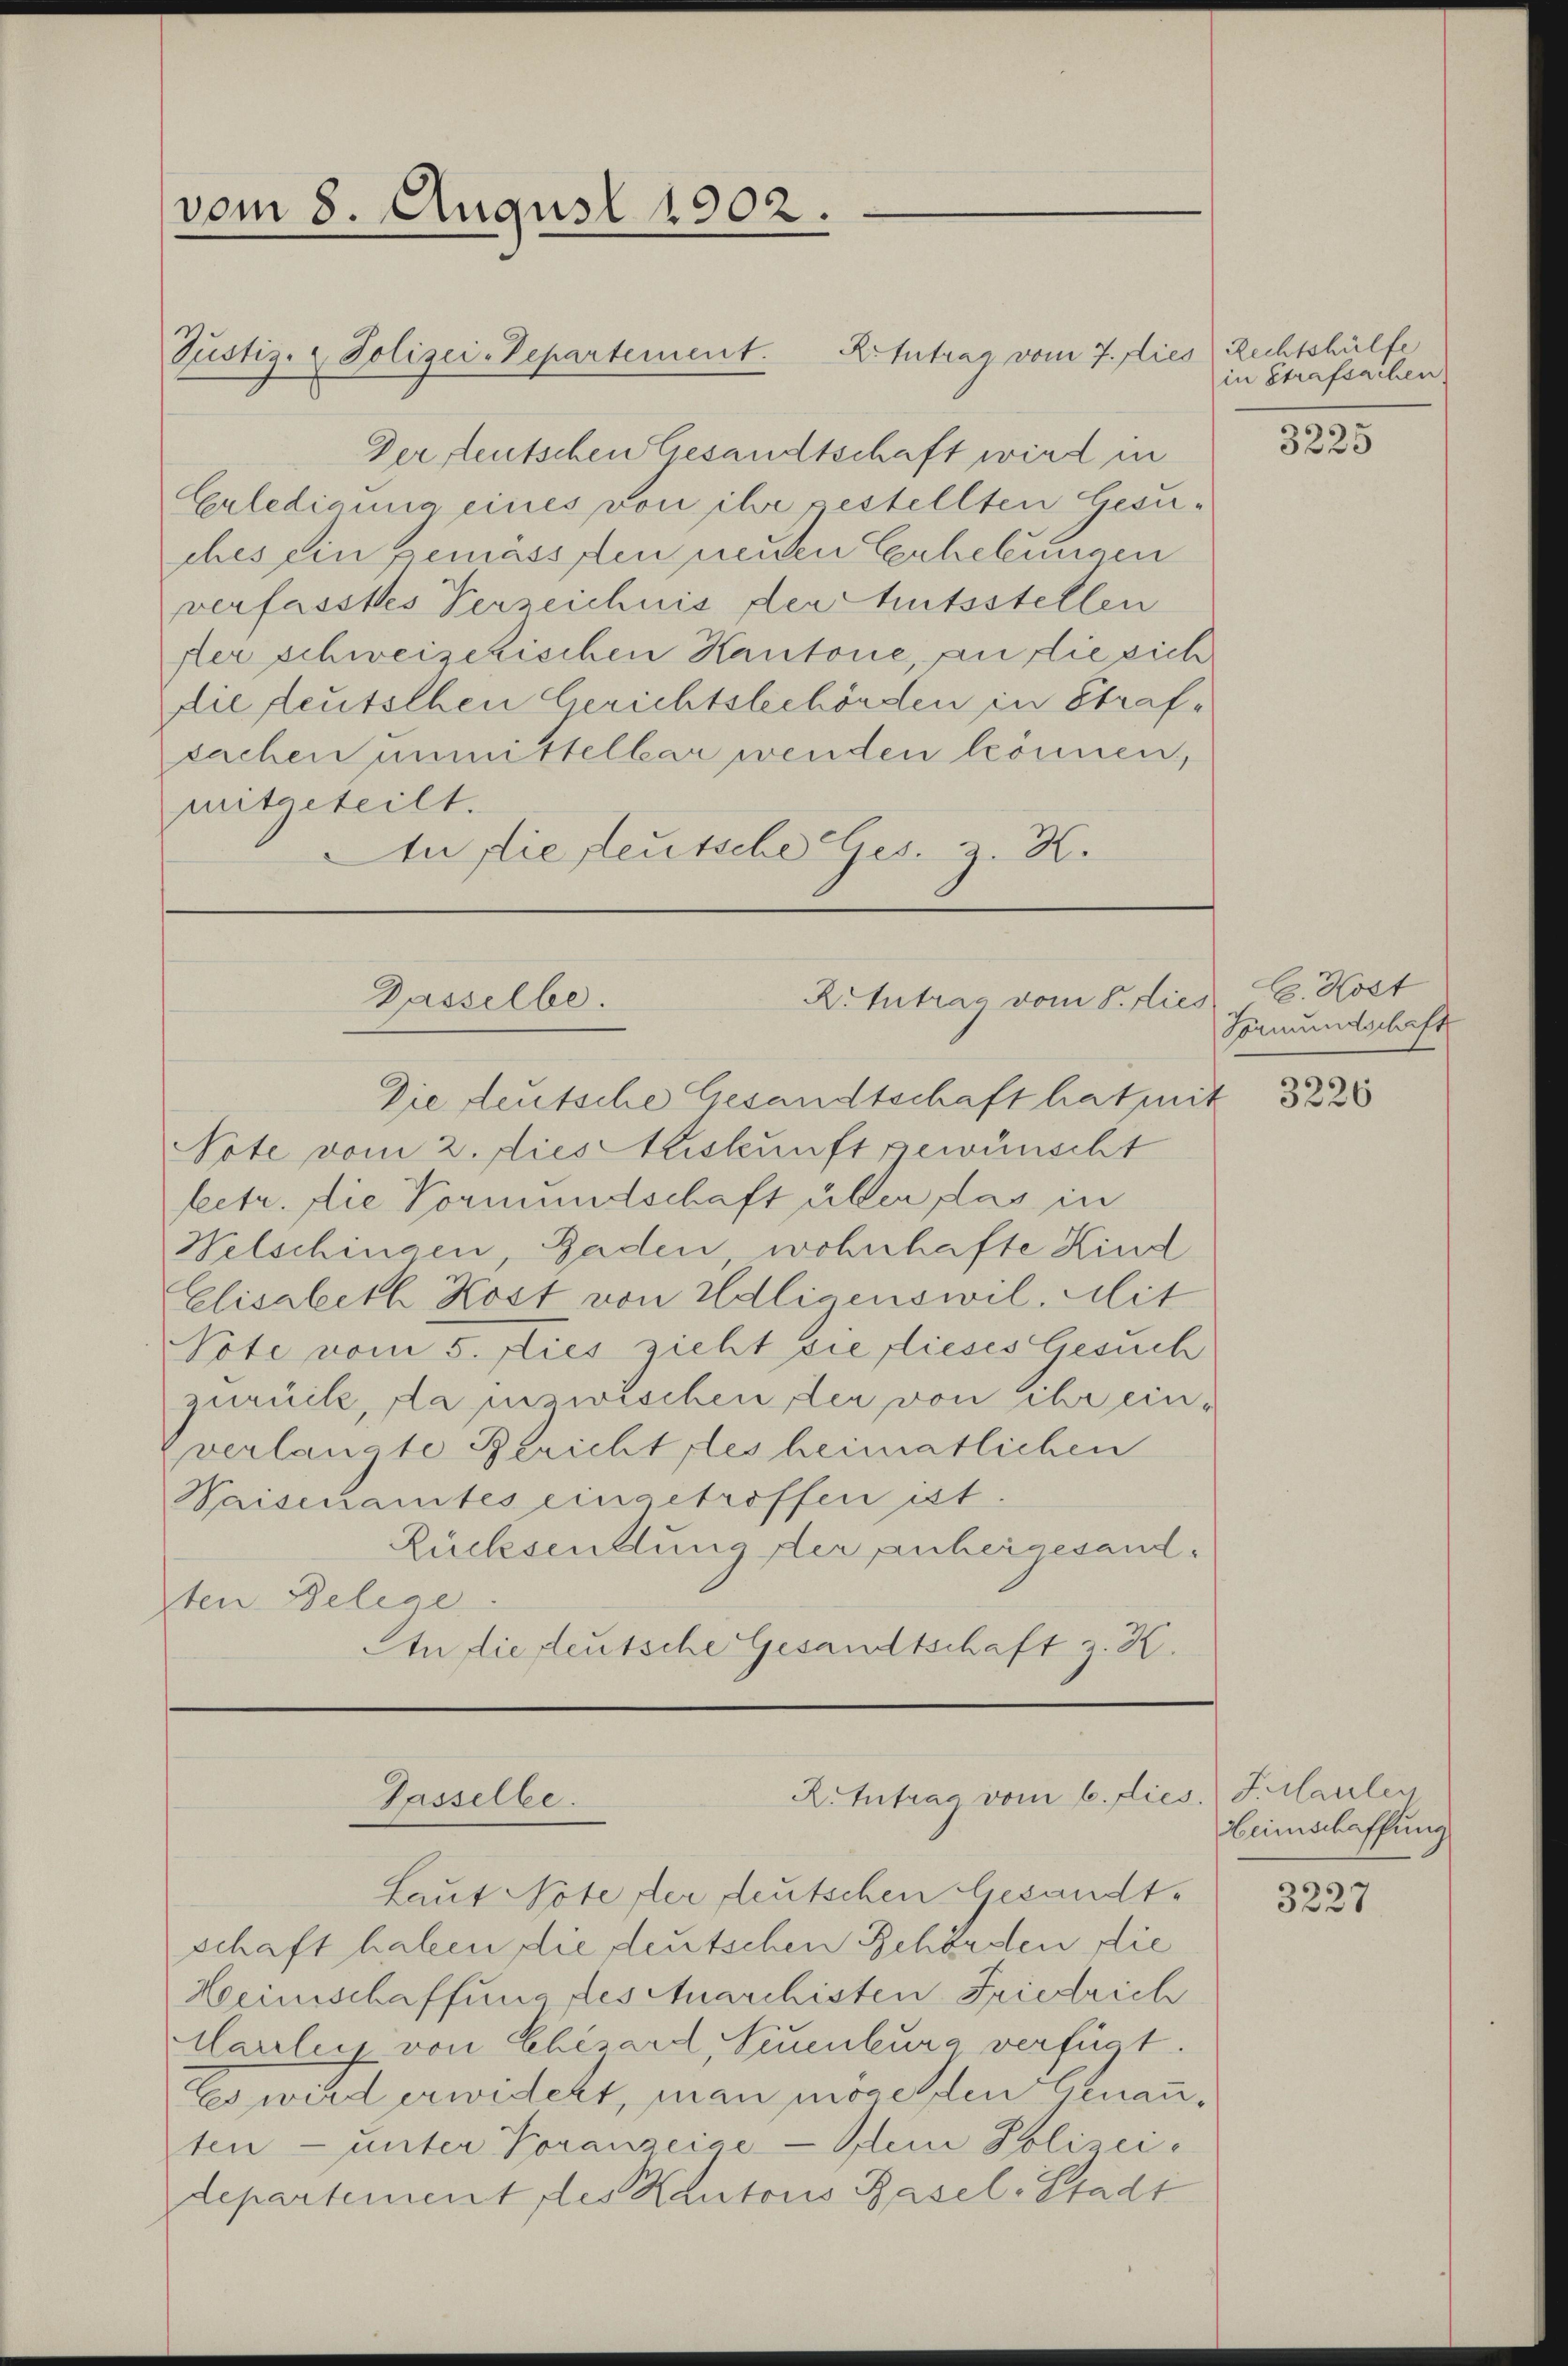
vom 8. August 1902.

Der deutschen Gesandtschaft wird in
Erledigung eines von ihr gestellten Gesuches ein gemässsen neuen Erhebungen
verfasstes Verzeichnis der Amtsstellen
fter schweizerischen Kantone, an die sich
die deutschen Gerichtsbehörden in Strafsachen unmittelbar wenden können,
mitgeteilt.
An die Leutsche Ges. z. K.

Justiz- & Polizei-Departement. Kontrag vom 7. dies Rechtshülfe

X. Antrag vom 8. dies C. Kost
Dasselbe.

RIntrag vom 6. dies. F. anleg
Gasselbe.

Die deutsche Gesandtschaft hat mit
Note vom 2. dies Auskunft gewünscht
betr. die Vormundschaft über das in
Welschingen, Baden, wohnhafte Kind
Elisabeth Kost von Adligenswil, Mit
Vote vom 5. dies zieht sie dieses Gesuch
zurück, da inzwischen der von ihr einverlangte Bericht des heimatlichen
Waisenamtes eingetroffen ist.
Rücksentlung der anhergesandten Delege
An die fleutsche Gesandtschaft z. K.

Laut Note der deutschen Gesandtschaft haben, die deutschen Behörden die
Heimschaffung des Anarchisten Friedrich
Harrlich von Chisard, Neuenburg verfügt.
Es wird erwidert, man mögenden Genannten — unter Voranzeige Dein Polizei e
departement des Kantons Basel-Stadt

in Strafsachen

3225

Formundschaft

3226

Heimschaffung

3227